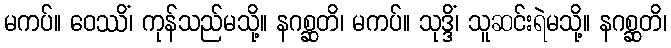
မကပ်။ ဝေဿိံ၊ ကုန်သည်မသို့။ နဂစ္ဆတိ၊ မကပ်။ သုဒ္ဒိံ၊ သူဆင်းရဲမသို့။ နဂစ္ဆတိ၊